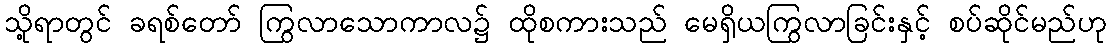
သို့ရာတွင် ခရစ်တော် ကြွလာသောကာလ၌ ထိုစကားသည် မေရှိယကြွလာခြင်းနှင့် စပ်ဆိုင်မည်ဟု